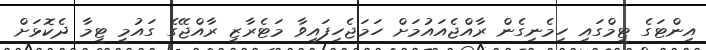
އިންޓަގެ ޓީމްގައި ހިމެނިގެން ރާއްޖެއައުމަށް ހަމަޖެހިފައިވާ މަޓެރާޒީ ރާއްޖޭގެ ގައުމީ ޓީމާ ދެކޮޅަށް